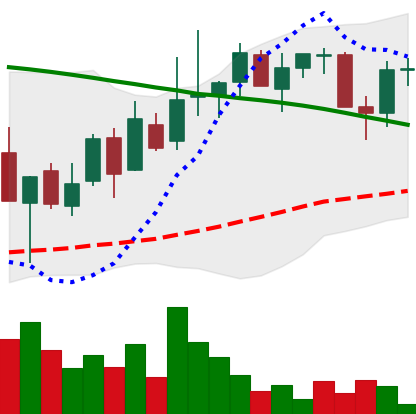
Ticker: LINK-USD
Chart end date: 2018-09-01
Forward return: -17.02%
Label: down_7plus